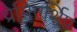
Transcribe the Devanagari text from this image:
प्रेमिएर्शिप